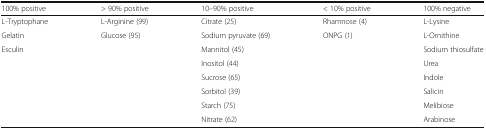
<table><thead><tr><td><b>100% positive</b></td><td><b>&gt; 90% positive</b></td><td><b>10–90% positive</b></td><td><b>&lt; 10% positive</b></td><td><b>100% negative</b></td></tr></thead><tbody><tr><td>L-Tryptophane</td><td>L-Arginine (99)</td><td>Citrate (25)</td><td>Rhamnose (4)</td><td>L-Lysine</td></tr><tr><td>Gelatin</td><td>Glucose (95)</td><td>Sodium pyruvate (69)</td><td>ONPG (1)</td><td>L-Ornithine</td></tr><tr><td>Esculin</td><td></td><td>Mannitol (45)</td><td></td><td>Sodium thiosulfate</td></tr><tr><td></td><td></td><td>Inositol (44)</td><td></td><td>Urea</td></tr><tr><td></td><td></td><td>Sucrose (65)</td><td></td><td>Indole</td></tr><tr><td></td><td></td><td>Sorbitol (39)</td><td></td><td>Salicin</td></tr><tr><td></td><td></td><td>Starch (75)</td><td></td><td>Melibiose</td></tr><tr><td></td><td></td><td>Nitrate (62)</td><td></td><td>Arabinose</td></tr></tbody></table>